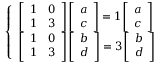
{ \left\{ \begin{array} { l l } { { \left[ \begin{array} { l l } { 1 } & { 0 } \\ { 1 } & { 3 } \end{array} \right] } { \left[ \begin{array} { l } { a } \\ { c } \end{array} \right] } = 1 { \left[ \begin{array} { l } { a } \\ { c } \end{array} \right] } } \\ { { \left[ \begin{array} { l l } { 1 } & { 0 } \\ { 1 } & { 3 } \end{array} \right] } { \left[ \begin{array} { l } { b } \\ { d } \end{array} \right] } = 3 { \left[ \begin{array} { l } { b } \\ { d } \end{array} \right] } } \end{array} \right. }